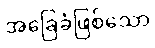
အခြေခံဖြစ်သော